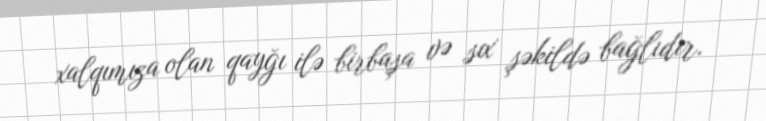
xalqımıza olan qayğı ilə birbaşa və sıx şəkildə bağlıdır.